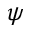
\psi